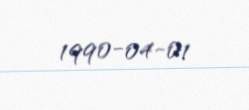
1990-04-01